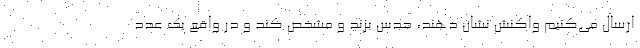
ارسال می‌کنیم واکنش نشان دهند، حدس بزند و مشخص کند و در واقع یک عدد